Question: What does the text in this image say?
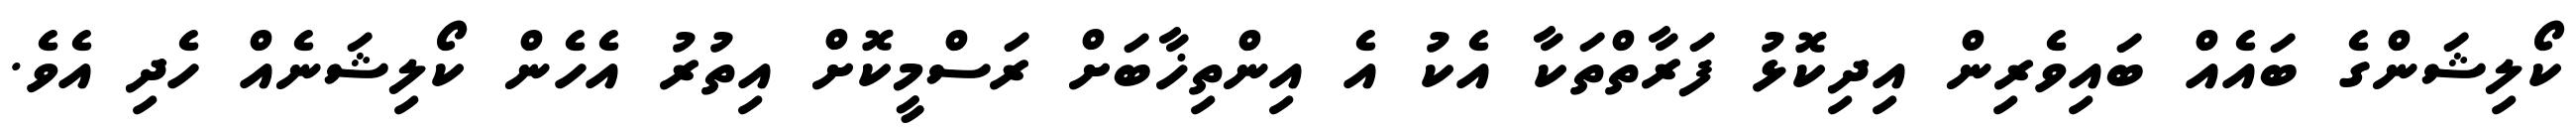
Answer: ކޯލިޝަންގެ ބައެއް ބައިވެރިން އިދިކޮޅު ފަރާތްތަކާ އެކު އެ އިންތިޚާބަށް ރަސްމީކޮށް އިތުރު އެހެން ކޯލިޝަނެއް ހެދި އެވެ.